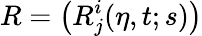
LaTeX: R=\left(R_{j}^{i}(\eta,t;s)\right)